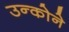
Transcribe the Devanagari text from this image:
उन्कोने